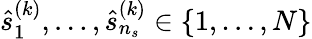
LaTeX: \hat{s}_{1}^{(k)},\ldots,\hat{s}_{n_{s}}^{(k)}\in\{ 1,\ldots,N\}